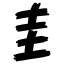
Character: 圭